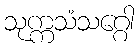
သုက္ကသံသဂ္ဂေါ